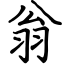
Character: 翁